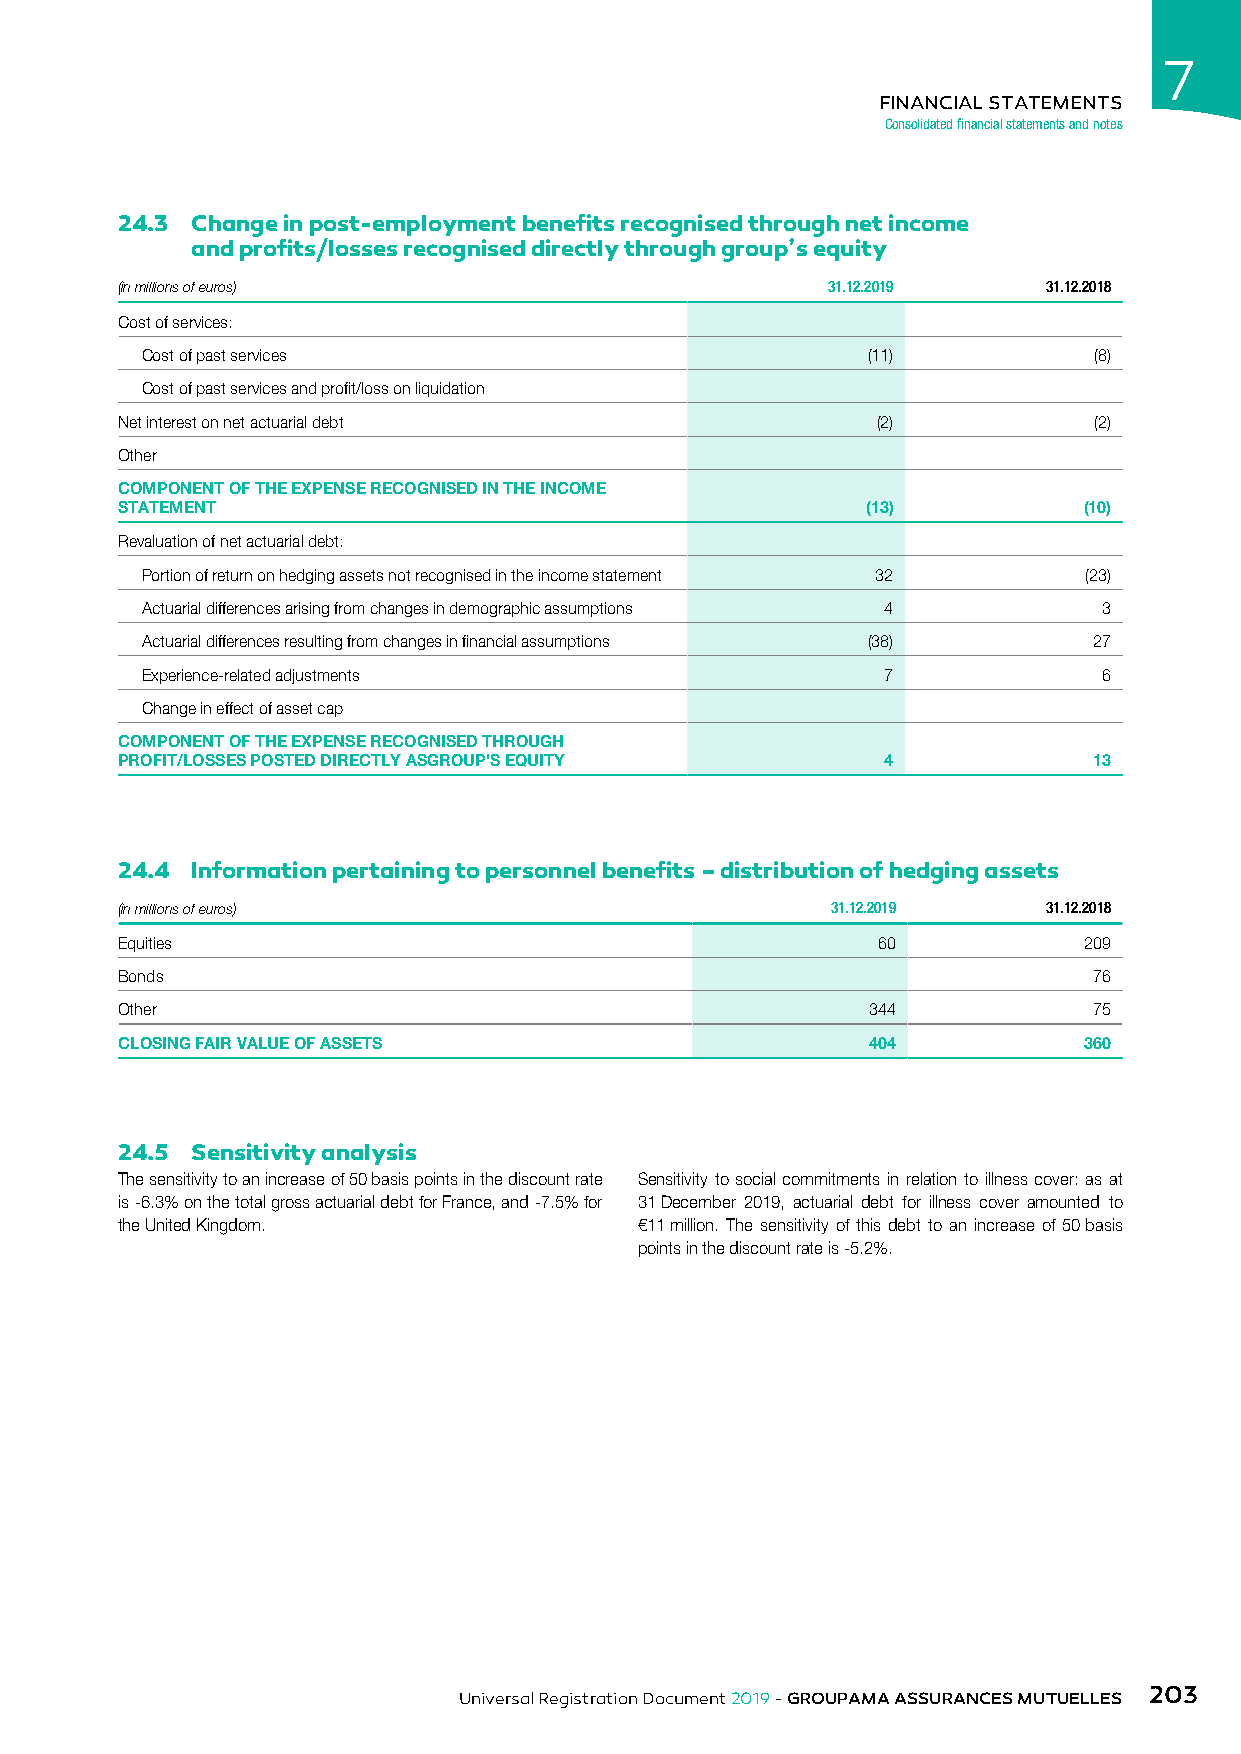
7
 FINANCIAL STATEMENTS
 Consolidated financial statements and notes
 24.3 Change in post-employment benefits recognised through net income
 and profits/losses recognised directly through group’s equity
 (in millions of euros)                         31.12.2019    31.12.2018
 Cost of services:
 Cost of past services                           (11)           (8)
 Cost of past services and profit/loss on liquidation
 Net interest on net actuarial debt                (2)           (2)
 Other
 COMPONENT OF THE EXPENSE RECOGNISED IN THE INCOME
 STATEMENT                                        (13)           (10)
 Revaluation of net actuarial debt:
 Portion of return on hedging assets not recognised in the income statement 32 (23)
 Actuarial differences arising from changes in demographic assumptions 4 3
 Actuarial differences resulting from changes in financial assumptions (38) 27
 Experience-related adjustments                    7             6
 Change in effect of asset cap
 COMPONENT OF THE EXPENSE RECOGNISED THROUGH
 PROFIT/LOSSES POSTED DIRECTLY ASGROUP'S EQUITY     4            13
 24.4 Information pertaining to personnel benefits – distribution of hedging assets
 (in millions of euros)                         31.12.2019    31.12.2018
 Equities                                          60            209
 Bonds                                                           76
 Other                                            344            75
 CLOSING FAIR VALUE OF ASSETS                     404            360
 24.5 Sensitivity analysis
 The sensitivity to an increase of 50 basis points in the discount rate Sensitivity to social commitments in relation to illness cover: as at
 is -6.3% on the total gross actuarial debt for France, and -7.5% for 31 December 2019, actuarial debt for illness cover amounted to
 the United Kingdom.               €11 million. The sensitivity of this debt to an increase of 50 basis
 points in the discount rate is -5.2%.
 203
 Universal Registration Document 2019 - GROUPAMA ASSURANCES MUTUELLES